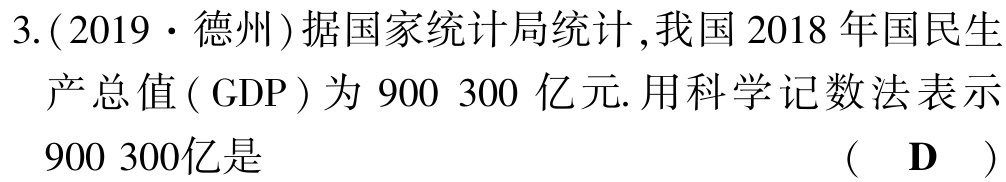
3.(2019·德州)据国家统计局统计,我国2018年国民生产总值( GDP )为 900 300 亿元. 用科学记数法表示900 300亿是 （ D ）